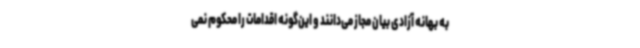
به بهانه آزادی بیان مجاز می‌دانند و این‌گونه اقدامات را محکوم نمی